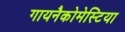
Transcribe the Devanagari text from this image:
गायनैकोमेस्टिया